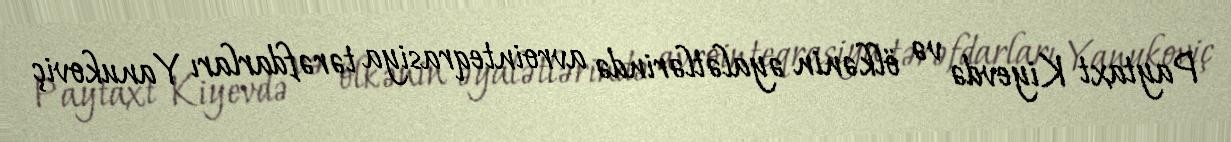
Paytaxt Kiyevdə və ölkənin əyalətlərində avrointeqrasiya tərəfdarları Yanukoviç